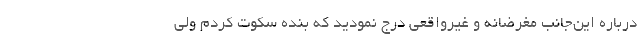
درباره این‌جانب مغرضانه و غیرواقعی درج نمودید که بنده سکوت کردم ولی